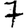
Digit: 7